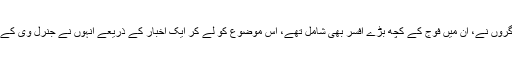
عوام میں اس فیصلے کی تھو – تھو بھی ہوئی، لیکن اسلحوں کے سوداگروں نے، ان میں فوج کے کچھ بڑے افسر بھی شامل تھے، اس موضوع کو لے کر ایک اخبار کے ذریعے انہوں نے جنرل وی کے سنگھ کے خلاف کچھ سیاسی لیڈروں کا ساتھ لے کر ایک مہم چلا دی۔